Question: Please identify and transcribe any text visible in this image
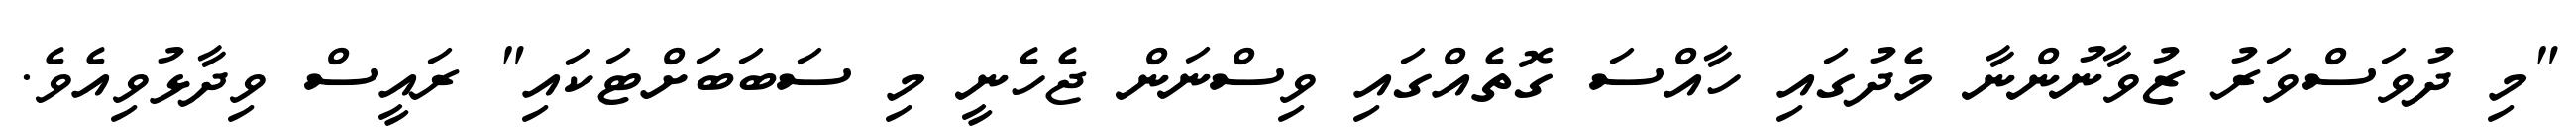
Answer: "މި ދުވަސްވަރު ޒުވާނުންނާ މެދުގައި ހާއްސަ ގޮތެއްގައި ވިސްނަން ޖެހެނީ މި ސަބަބަށްޓަކައި" ރައީސް ވިދާޅުވިއެވެ.